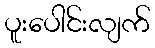
ပူးပေါင်းလျက်